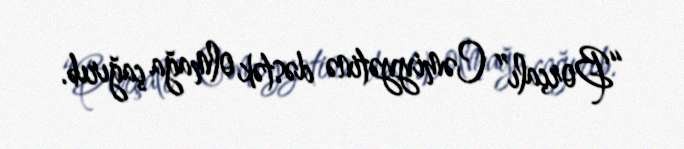
“Borçalı” Cəmiyyətinə dəstək olmağa çağırıb.